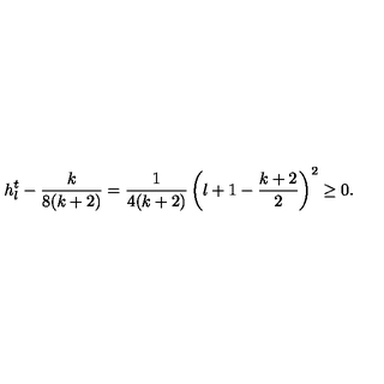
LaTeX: h _ { l } ^ { t } - \frac { k } { 8 ( k + 2 ) } = \frac { 1 } { 4 ( k + 2 ) } \left( l + 1 - \frac { k + 2 } { 2 } \right) ^ { 2 } \geq 0 .